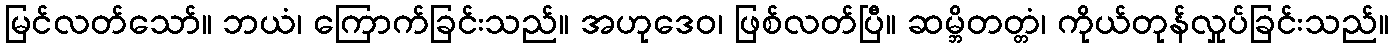
မြင်လတ်သော်။ ဘယံ၊ ကြောက်ခြင်းသည်။ အဟုဒေဝ၊ ဖြစ်လတ်ပြီ။ ဆမ္ဘိတတ္တံ၊ ကိုယ်တုန်လှုပ်ခြင်းသည်။